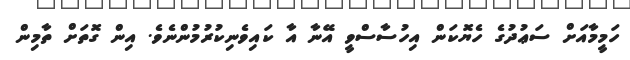
ހަމީމާއަށް ސަޢުދުގެ ހެޔޮކަން އިހުސާސްވީ އޭނާ އާ ކައިވެނިކުރުމުންނެވެ. އިން ގޮތަށް ތާމިން